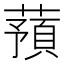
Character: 蕷